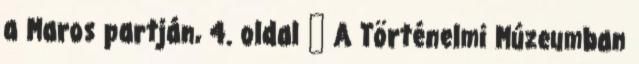
a Maros partján, 4. oldal ↑ A Történelmi Múzeumban